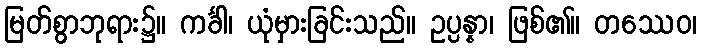
မြတ်စွာဘုရား၌။ ကင်္ခါ၊ ယုံမှားခြင်းသည်။ ဥပ္ပန္နာ၊ ဖြစ်၏။ တဿေဝ၊